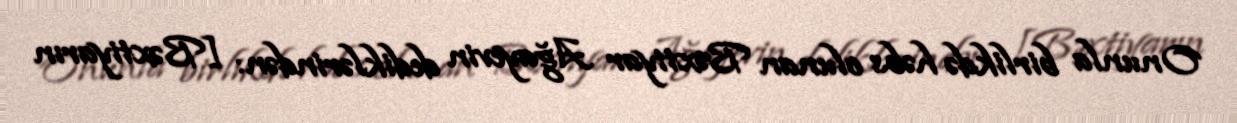
Onunla birlikdə həbs olunan Bəxtiyar Ağayevin dediklərindən: [Bəxtiyarın